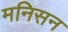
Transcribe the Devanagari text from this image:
मनिसन